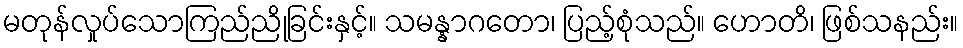
မတုန်လှုပ်သောကြည်ညိုခြင်းနှင့်။ သမန္နာဂတော၊ ပြည့်စုံသည်။ ဟောတိ၊ ဖြစ်သနည်း။